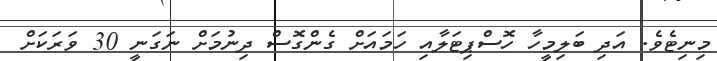
މިނިޓެވެ. އަދި ބަލިމީހާ ހޮސްޕިޓަލާއި ހަަމައަށް ގެންގޮސް ދިނުމަށް ނަގަނީ 30 ވަރަކަށް